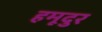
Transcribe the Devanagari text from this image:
हमूदुर